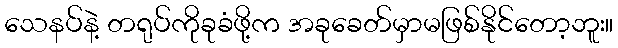
သေနပ်နဲ့ တရုပ်ကိုခုခံဖို့က အခုခေတ်မှာမဖြစ်နိုင်တော့ဘူး။